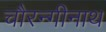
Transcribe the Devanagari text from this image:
चौरन्गीनाथ